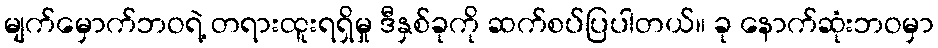
မျက်မှောက်ဘဝရဲ့ တရားထူးရရှိမှု ဒီနှစ်ခုကို ဆက်စပ်ပြပါတယ်။ ခု နောက်ဆုံးဘဝမှာ